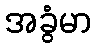
အခွံမာ